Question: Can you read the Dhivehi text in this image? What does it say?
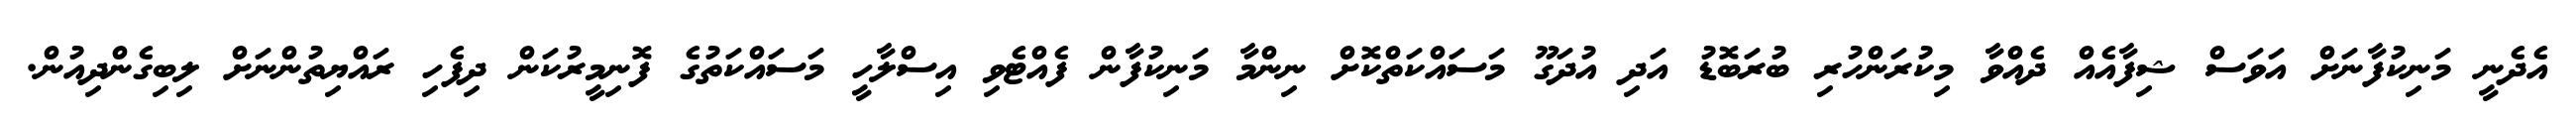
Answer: އެދެނީ މަނިކުފާނަށް އަވަސް ޝިފާއެއް ދެއްވާ މިކުރަންހުރި ބުރަބޮޑު އަދި އުދަގޫ މަސައްކަތްކޮށް ނިންމާ މަނިކުފާން ފެއްޓެވި އިސްލާހީ މަސައްކަތުގެ ފޮނިމީރުކަން ދިފެހި ރައްޔިތުންނަށް ލިބިގެންދިއުން.